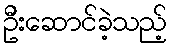
ဦးဆောင်ခဲ့သည့်